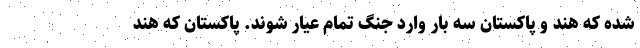
شده که هند و پاکستان سه بار وارد جنگ تمام عیار شوند. پاکستان که هند